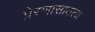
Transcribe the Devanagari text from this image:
प्रेरणासातत्य